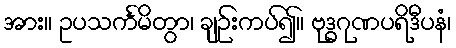
အား။ ဥပသင်္ကမိတွာ၊ ချဉ်းကပ်၍။ ဗုဒ္ဓဂုဏပရိဒီပနံ၊